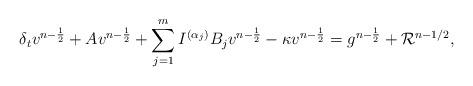
LaTeX: \begin{align*} \delta_tv^{n-\frac{1}{2}} + Av^{n-\frac{1}{2}} &+ \sum\limits_{j=1}^m I^{(\alpha_j)} B_jv^{n-\frac{1}{2}} - \kappa v^{n-\frac{1}{2}} = g^{n-\frac{1}{2}} + \mathcal{R}^{n-1/2}, \end{align*}